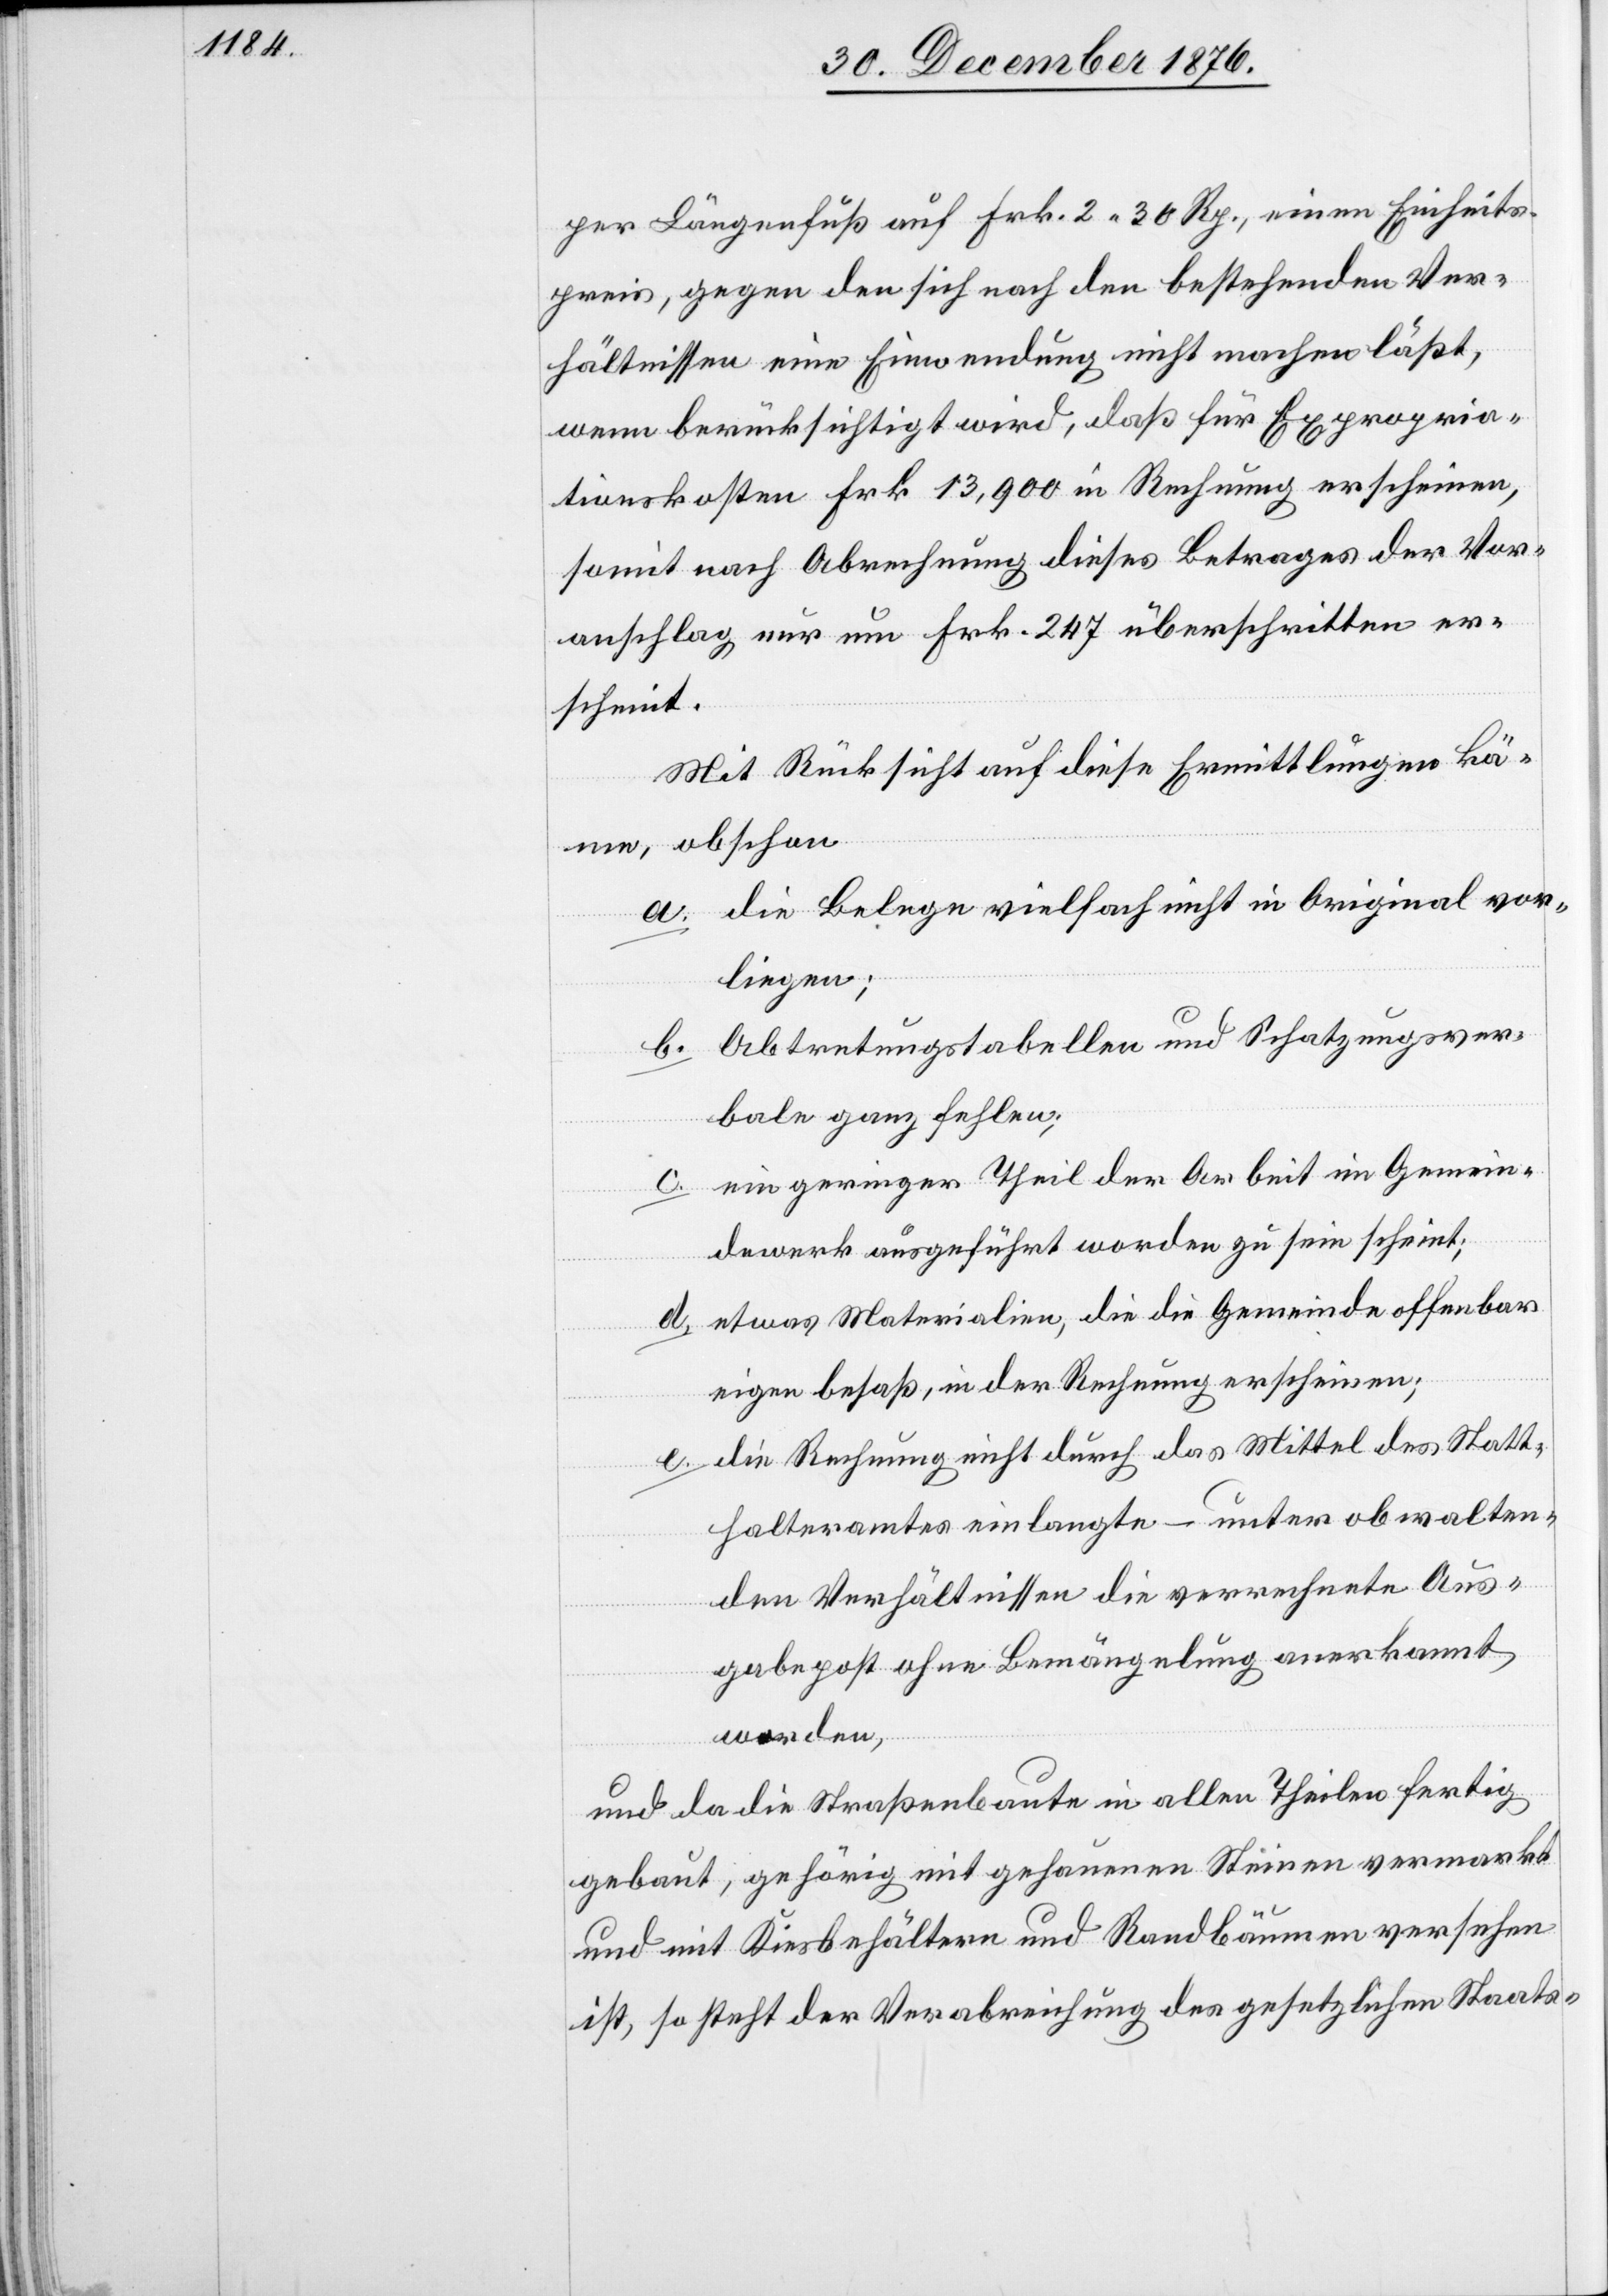
per Längenfuß auf Frk. 2 30 Rp., einen Einheits¬
preis, gegen den sich nach den bestehenden Ver¬
hältnissen eine Einwendung nicht machen läßt,
wenn berücksichtigt wird, daß für Expropria¬
tionskosten Frk. 13,900 in Rechnung erscheinen,
somit nach Abrechnung dieses Betrages der Vor¬
anschlag nur um Frk. 247 überschritten er¬
scheint.
Mit Rücksicht auf diese Ermittlungen kä¬
me, obschon
a. die Belege vielfach nicht in Original vor¬
liegen;
b. Abtretungstabellen und Schatzungsver¬
bale ganz fehlen;
c. ein geringer Theil der Arbeit im Gemein¬
dewerk ausgeführt worden zu sein scheint;
d. etwas Materialien, die die Gemeinde offenbar
eigen besaß, in der Rechnung erscheinen;
e. die Rechnung nicht durch das Mittel des Statt¬
halteramtes einlangte – unter obwalten¬
den Verhältnissen die verrechnete Aus¬
gabepost ohne Bemängelung anerkannt
worden,
und da die Straßenbaute in allen Theilen fertig
gebaut, gehörig mit gehauenen Steinen vermarkt
und mit Kiesbehältern und Randbäumen versehen
ist, so steht der Verabreichung des gesetzlichen Staats-